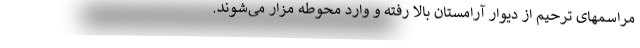
مراسمهای ترحیم از دیوار آرامستان بالا رفته و وارد محوطه مزار می‌شوند.